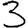
Digit: 3